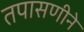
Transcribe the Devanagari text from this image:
तपासणीने